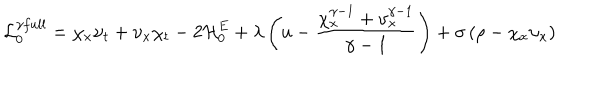
{ \cal L } _ { 0 } ^ { \gamma f u l l } = \chi _ { x } \upsilon _ { t } + \upsilon _ { x } \chi _ { t } - 2 { \cal H } _ { 0 } ^ { E } + \lambda \left( u - \frac { \chi _ { x } ^ { \gamma - 1 } + \upsilon _ { x } ^ { \gamma - 1 } } { \gamma - 1 } \right) + \sigma \left( \rho - \chi _ { x } \upsilon _ { x } \right)